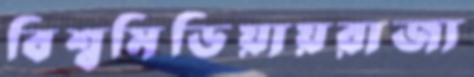
বিশ্বমিডিয়ায়রাজ্য